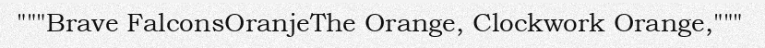
"""Brave FalconsOranjeThe Orange, Clockwork Orange,"""